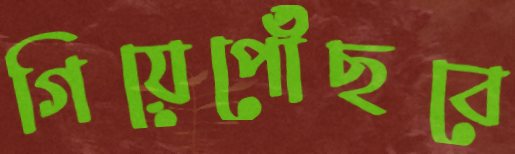
গিয়েপৌঁছবে